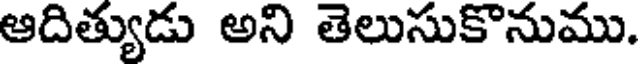
ఆదిత్యుడు అని తెలుసుకొనుము.